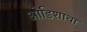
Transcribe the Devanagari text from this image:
ओडिशाचा